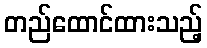
တည်ထောင်ထားသည့်